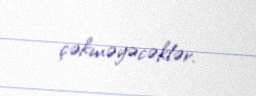
çəkməyəcəklər.